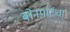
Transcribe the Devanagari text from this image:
बोनपार्टचा